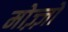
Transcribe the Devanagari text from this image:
मोज़्ज़ो